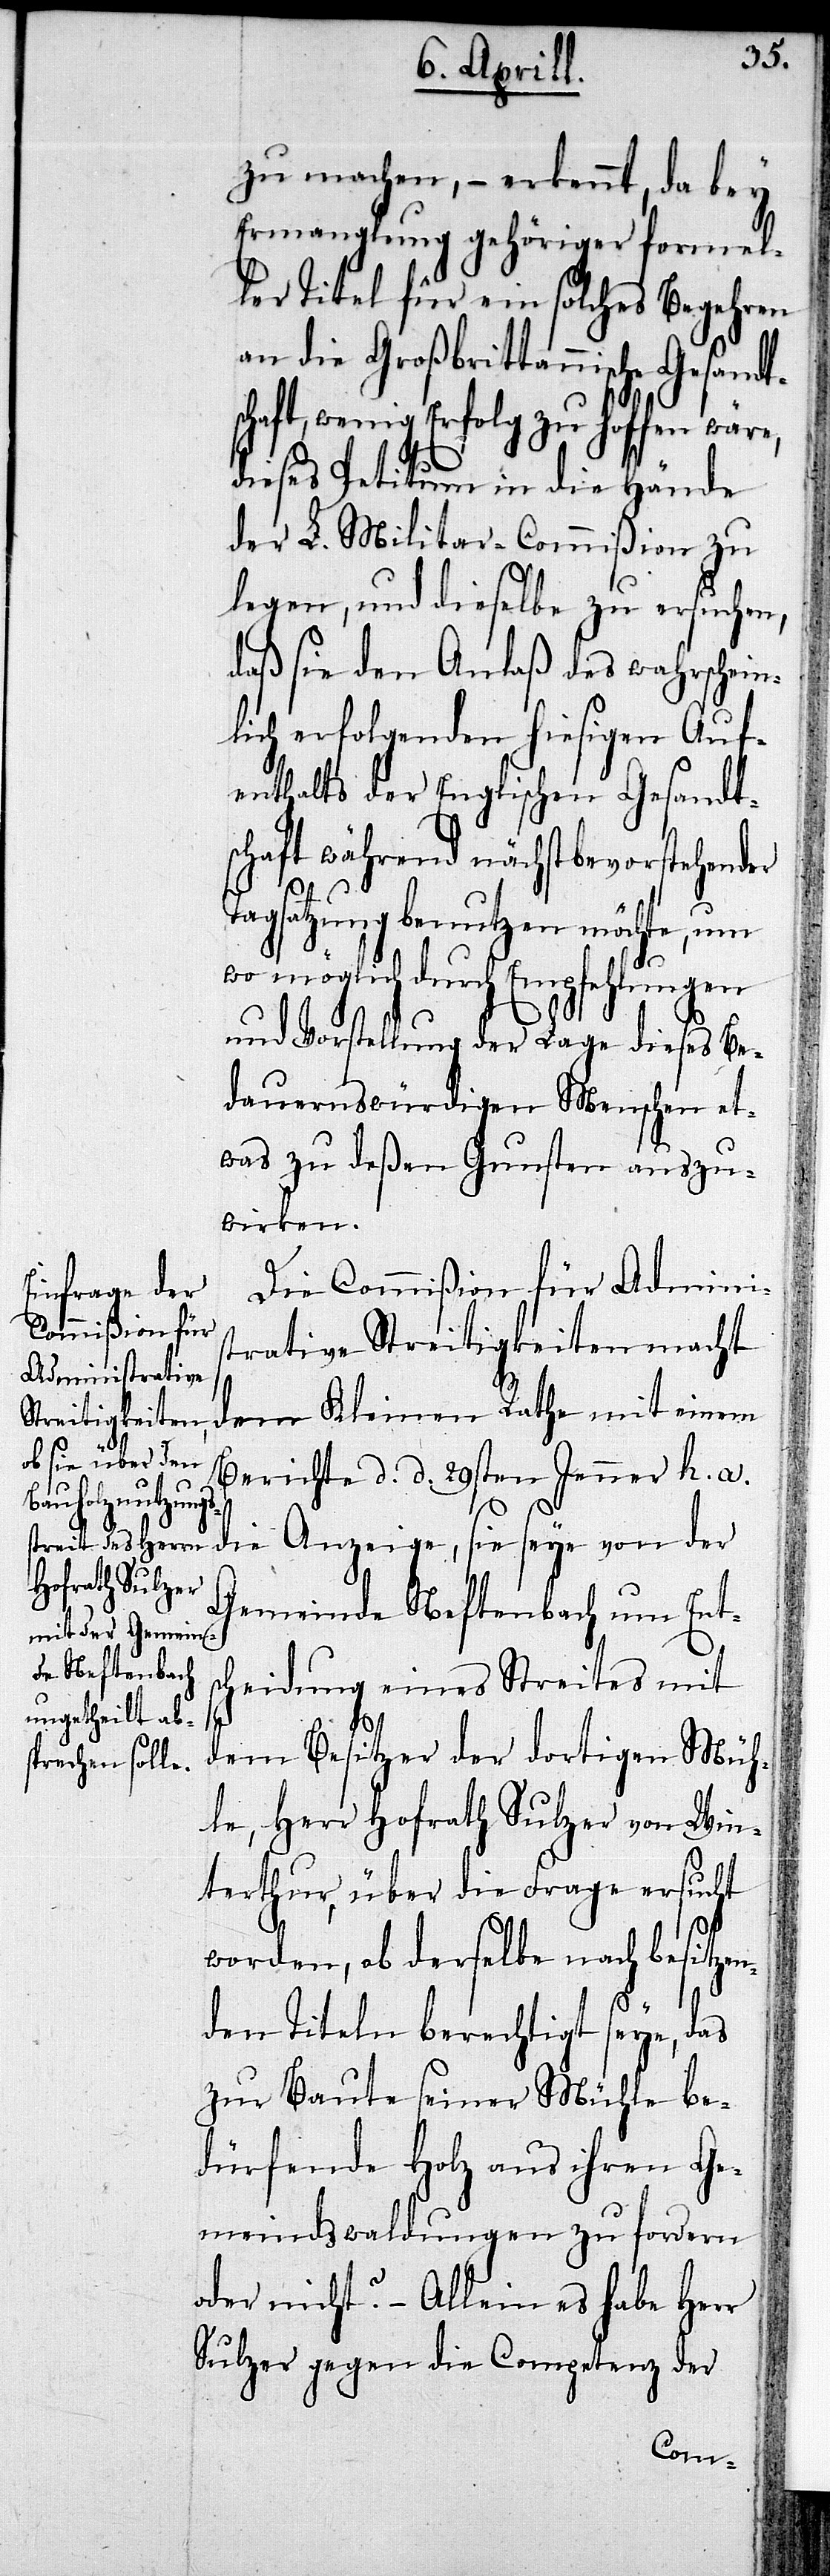
zu machen,– erkennt, da bey
Ermanglung gehöriger formel¬
ler Titel für ein solches Begehren
an die Großbrittannische Gesandt¬
schaft, wenig Erfolg zu hoffen wäre,
dieses Petitum in die Hände
der L. Militar-Commißion zu
legen, und dieselbe zu ersuchen,
daß sie den Anlaß des wahrschein¬
lich erfolgenden hiesigen Auf¬
enthalts der Englischen Gesandt¬
schaft während nächstbevorstehender
Tagsatzung benutzen möchte, um
wo möglich durch Empfehlungen
und Vorstellungen der Lage dieses Be¬
dauernswürdigen Menschen et¬
was zu deßen Gunsten auszu¬
wirken.
Die Commißion für Adminis¬
trative Streitigkeiten macht
dem Kleinen Rathe mit einem
Bericht d. d. 29sten Jenner h. a.
die Anzeige, sie seye von der
Gemeinde Neftenbach um Ents¬
cheidung eines Streites mit
dem Besitzer der dortigen Müh¬
le, Herr Hofrath Sulzer von Win¬
terthur, über die Frage ersucht
worden, ob derselbe nach besitzen¬
den Titeln berechtigt seye, das
zur Baute seiner Mühle be¬
dürfende Holz aus ihren Ge¬
meindswaldungen zu fordern
oder nicht?– Allein es habe Herr
Sulzer gegen die Competenz der